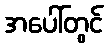
အပေါ်တွင်